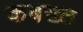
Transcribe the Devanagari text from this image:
कबख्त